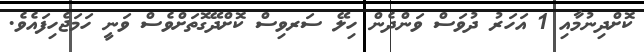
ކޮށްދިނުމާއި 1 އަހަރު ދުވަސް ވަންދެން ހިލޭ ސަރވިސް ކޮށްދޭގޮތަށްވެސް ވަނީ ހަމަޖެހިފައެވެ.